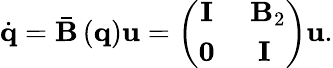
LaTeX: \dot{\mathbf{q}}=\bar{\mathbf{B}}\left(\mathbf{q}\right)\mathbf{u}=\left(\begin{array}{cc}{\mathbf{I}}&{\ \mathbf{B}_{2}}\\ {\mathbf{0}}&{\mathbf{I}}\end{array}\right)\mathbf{u}.